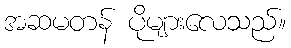
အဆမတန် ပိုများလေသည်။